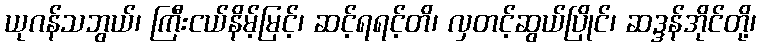
ယုဂန်သဘွယ်၊ ကြီးငယ်နိမ့်မြင့်၊ ဆင့်ရရင့်တိ၊ လှတင့်ဆွယ်ပြိုင်၊ ဆဒ္ဒန်အိုင်တို့၊